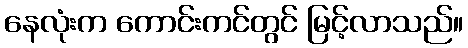
နေလုံးက ကောင်းကင်တွင် မြင့်လာသည်။